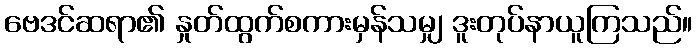
ဗေဒင်ဆရာ၏ နှုတ်ထွက်စကားမှန်သမျှ ဒူးတုပ်နာယူကြသည်။